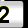
Digit: 2